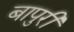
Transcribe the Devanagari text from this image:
बापुरी